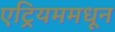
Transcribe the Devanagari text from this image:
एट्रियममधून